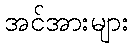
အင်အားများ